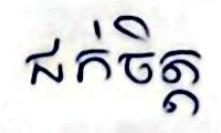
ជក់ចិត្ត